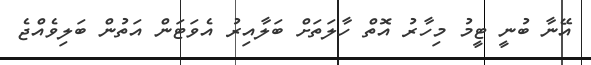
އޭނާ ބުނީ ޓީމު މިހާރު އޮތް ހާލަތަށް ބަލާއިރު އެވަޓަން އަތުން ބަލިވެއްޖެ